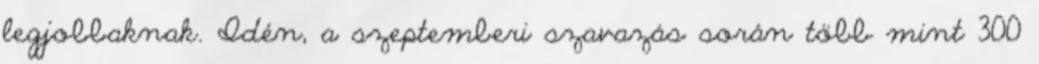
legjobbaknak. Idén, a szeptemberi szavazás során több mint 300